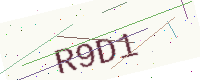
Text: R9D1